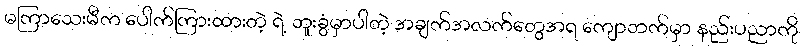
မကြာသေးမီက ပေါက်ကြားထားတဲ့ ရဲ့ ဘူးခွံမှာပါတဲ့ အချက်အလက်တွေအရ ကျောဘက်မှာ နည်းပညာကို